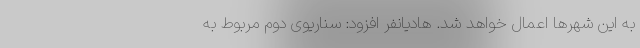
به این شهرها اعمال خواهد شد. هادیانفر افزود: سناریوی دوم مربوط به